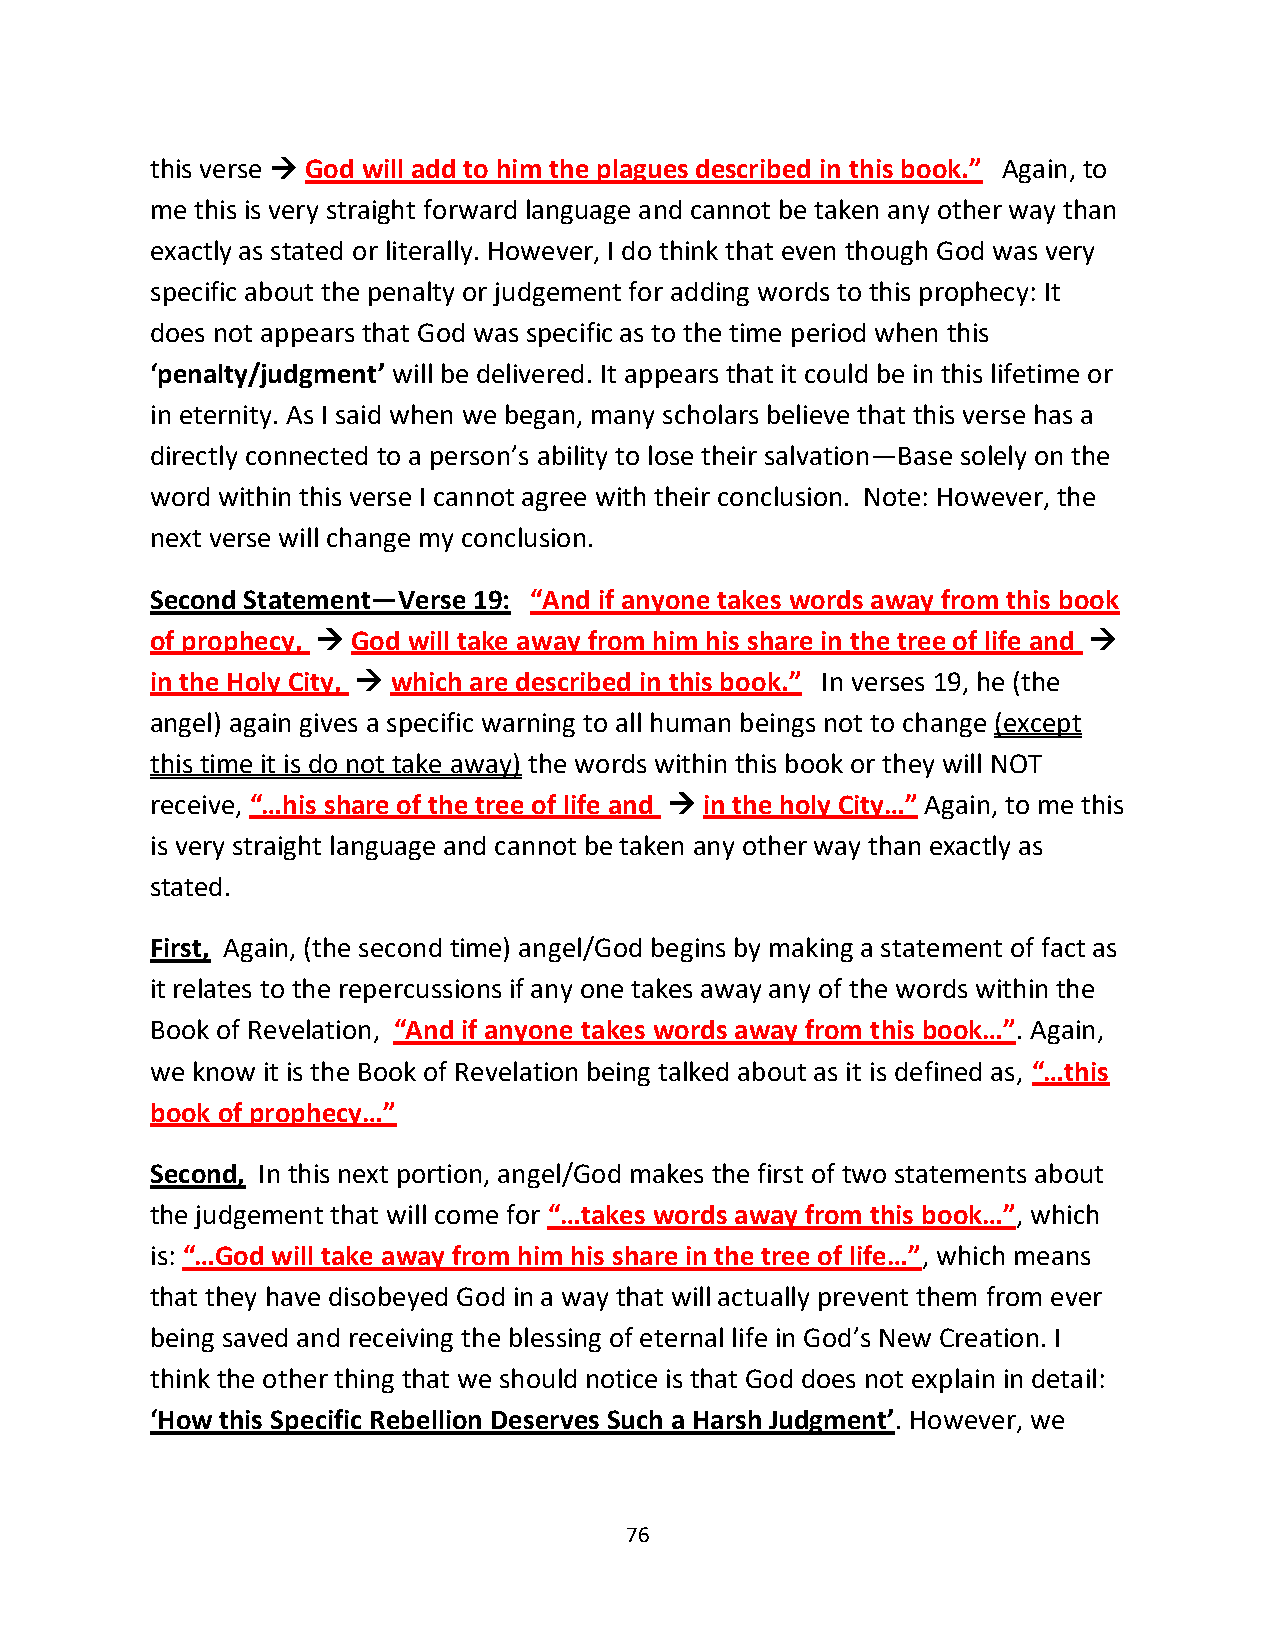
this verse → God will add to him the plagues described in this book.” Again, to
 me this is very straight forward language and cannot be taken any other way than
 exactly as stated or literally. However, I do think that even though God was very
 specific about the penalty or judgement for adding words to this prophecy: It
 does not appears that God was specific as to the time period when this
 ‘penalty/judgment’ will be delivered. It appears that it could be in this lifetime or
 in eternity. As I said when we began, many scholars believe that this verse has a
 directly connected to a person’s ability to lose their salvation—Base solely on the
 word within this verse I cannot agree with their conclusion. Note: However, the
 next verse will change my conclusion.
 Second Statement—Verse 19: “And if anyone takes words away from this book
 of prophecy, → God will take away from him his share in the tree of life and →
 in the Holy City, → which are described in this book.” In verses 19, he (the
 angel) again gives a specific warning to all human beings not to change (except
 this time it is do not take away) the words within this book or they will NOT
 receive, “…his share of the tree of life and → in the holy City…” Again, to me this
 is very straight language and cannot be taken any other way than exactly as
 stated.
 First, Again, (the second time) angel/God begins by making a statement of fact as
 it relates to the repercussions if any one takes away any of the words within the
 Book of Revelation, “And if anyone takes words away from this book…”. Again,
 we know it is the Book of Revelation being talked about as it is defined as, “…this
 book of prophecy…”
 Second, In this next portion, angel/God makes the first of two statements about
 the judgement that will come for “…takes words away from this book…”, which
 is: “…God will take away from him his share in the tree of life…”, which means
 that they have disobeyed God in a way that will actually prevent them from ever
 being saved and receiving the blessing of eternal life in God’s New Creation. I
 think the other thing that we should notice is that God does not explain in detail:
 ‘How this Specific Rebellion Deserves Such a Harsh Judgment’. However, we
 76